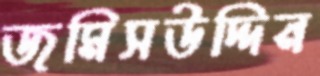
জমিসউদ্দিন